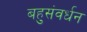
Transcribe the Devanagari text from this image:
बहुसंवर्धन